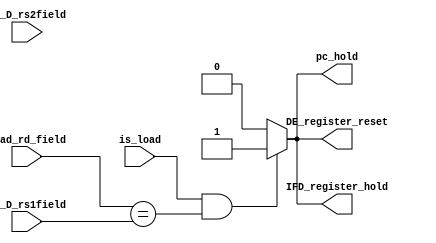
`timescale 1ns / 1ps
//////////////////////////////////////////////////////////////////////////////////
module Hazard_detection_loadcase(is_load, load_rd_field, IF_D_rs1field, ID_D_rs2field, DE_register_reset, IFD_register_hold, pc_hold);
    input is_load;
    input [4:0] load_rd_field, IF_D_rs1field, ID_D_rs2field;
    output reg DE_register_reset, IFD_register_hold, pc_hold; 
    
    always @(*)
        begin
            if ((is_load ==1) & ((load_rd_field == IF_D_rs1field) || (load_rd_field == IF_D_rs1field)))
                begin
                    pc_hold = 1;
                    DE_register_reset = 1;
                    IFD_register_hold = 1;
                end  
            else
                begin
                    pc_hold = 0;
                    DE_register_reset = 0;
                    IFD_register_hold = 0;
                end   
        end
endmodule